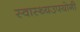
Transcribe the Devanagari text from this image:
स्वास्थ्यउपयोगी